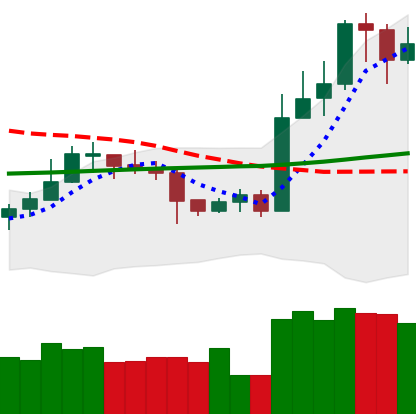
Ticker: LTC-USD
Chart end date: 2020-10-27
Forward return: -3.854%
Label: down_3_5